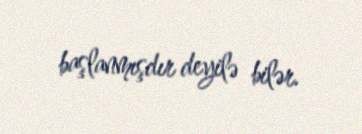
başlanmışdır deyilə bilər.